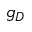
g _ { D }